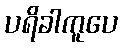
ပရိခါကူပေ